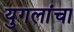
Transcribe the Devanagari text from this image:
युगलांचा